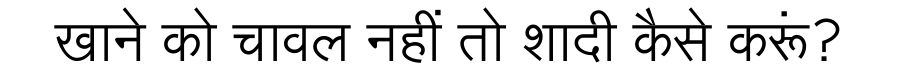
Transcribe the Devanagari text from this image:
खाने को चावल नहीं तो शादी कैसे करूं?